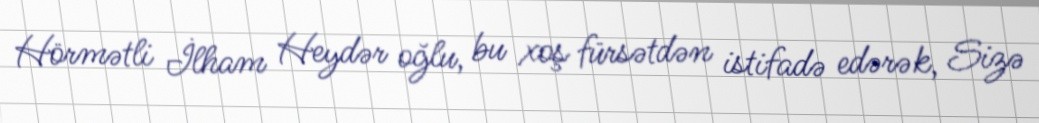
Hörmətli İlham Heydər oğlu, bu xoş fürsətdən istifadə edərək, Sizə